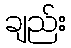
ချည်း